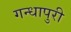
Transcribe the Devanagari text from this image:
गन्धापुरी